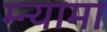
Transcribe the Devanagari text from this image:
म्न्यामा